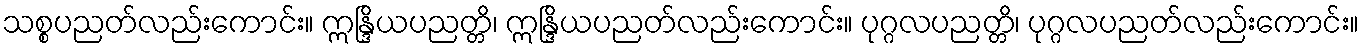
သစ္စပညတ်လည်းကောင်း။ ဣန္ဒြိယပညတ္တိ၊ ဣန္ဒြိယပညတ်လည်းကောင်း။ ပုဂ္ဂလပညတ္တိ၊ ပုဂ္ဂလပညတ်လည်းကောင်း။